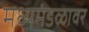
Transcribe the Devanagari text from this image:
मध्यमंडळावर